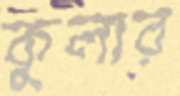
কুলার